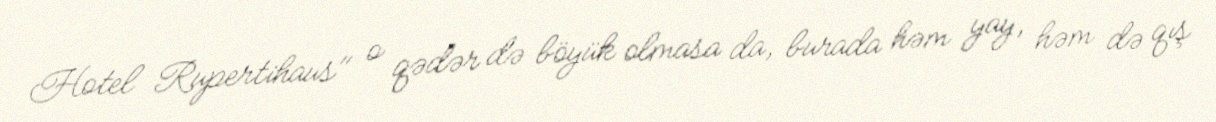
Hotel Rupertihaus" o qədər də böyük olmasa da, burada həm yay, həm də qış